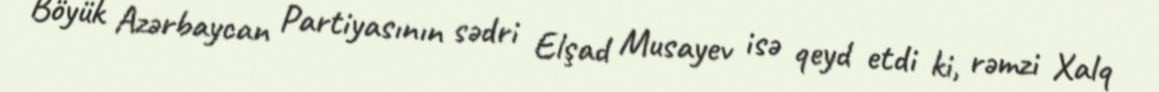
Böyük Azərbaycan Partiyasının sədri Elşad Musayev isə qeyd etdi ki, rəmzi Xalq